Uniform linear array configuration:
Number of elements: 8
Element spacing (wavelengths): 0.75
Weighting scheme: cosine
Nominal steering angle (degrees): -30
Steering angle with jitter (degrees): -31.548
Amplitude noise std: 0.05
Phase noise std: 0.05

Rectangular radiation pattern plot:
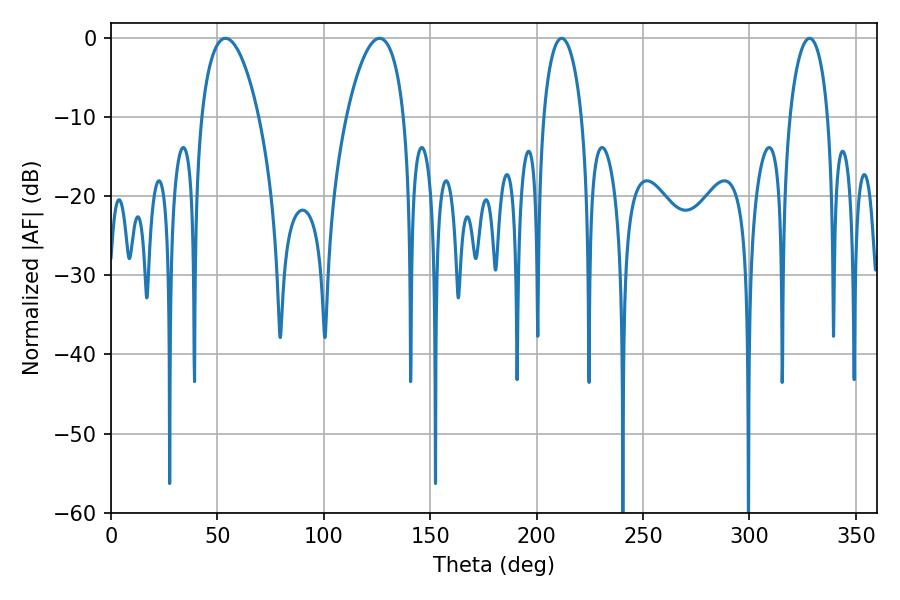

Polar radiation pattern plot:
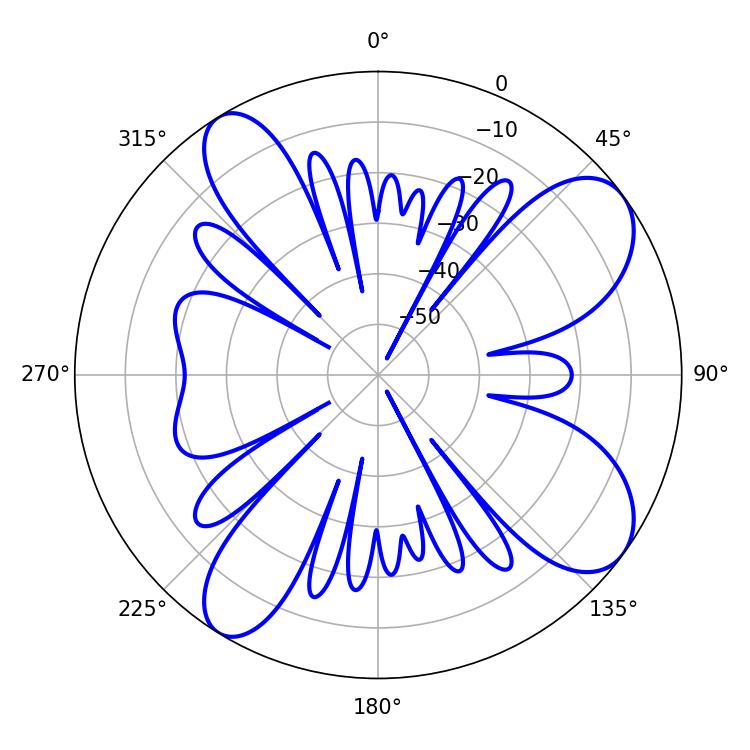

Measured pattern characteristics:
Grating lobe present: TRUE
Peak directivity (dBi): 9.142
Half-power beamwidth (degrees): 15.12
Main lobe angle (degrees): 126.18